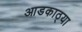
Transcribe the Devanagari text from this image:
आडकाठ्या